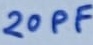
Text: 20PF